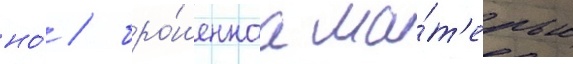
но́ / бро́шеннаа ма́т'ерью